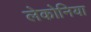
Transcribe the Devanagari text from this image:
लेकोनिया